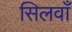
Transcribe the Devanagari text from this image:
सिलवाँ